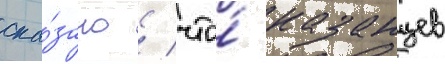
ска́зано / что́ казанцев